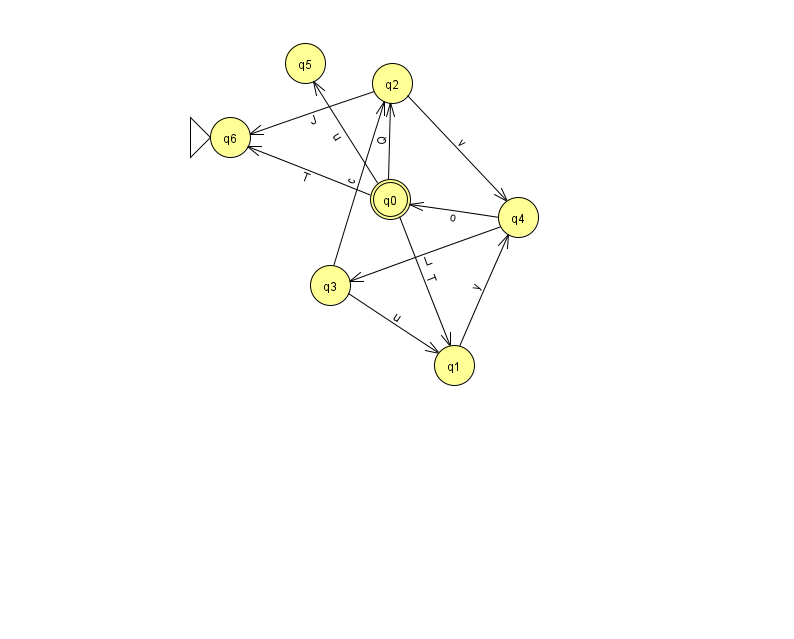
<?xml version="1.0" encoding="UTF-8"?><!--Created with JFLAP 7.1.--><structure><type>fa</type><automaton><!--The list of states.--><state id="0" name="q0"><x>390.0</x><y>186.0</y><final/></state><state id="1" name="q1"><x>454.0</x><y>352.0</y></state><state id="2" name="q2"><x>392.0</x><y>70.0</y></state><state id="3" name="q3"><x>330.0</x><y>272.0</y></state><state id="4" name="q4"><x>518.0</x><y>204.0</y></state><state id="5" name="q5"><x>305.0</x><y>50.0</y></state><state id="6" name="q6"><x>230.0</x><y>124.0</y><initial/></state><!--The list of transitions.--><transition><from>0</from><to>1</to><read>T</read></transition><transition><from>3</from><to>1</to><read>u</read></transition><transition><from>0</from><to>2</to><read>Q</read></transition><transition><from>2</from><to>6</to><read>J</read></transition><transition><from>3</from><to>2</to><read>c</read></transition><transition><from>2</from><to>4</to><read>v</read></transition><transition><from>4</from><to>3</to><read>L</read></transition><transition><from>1</from><to>4</to><read>y</read></transition><transition><from>4</from><to>0</to><read>o</read></transition><transition><from>0</from><to>5</to><read>u</read></transition><transition><from>0</from><to>6</to><read>T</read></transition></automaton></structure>